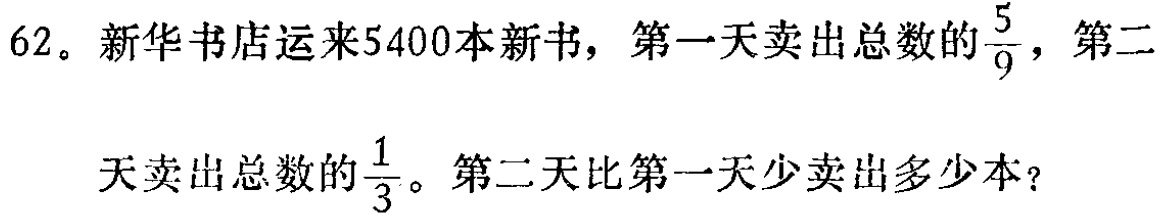
62。新华书店运来5400本新书，第一天卖出总数的$\frac{5}{9}$，第二天卖出总数的$\frac{1}{3}$。第二天比第一天少卖出多少本？